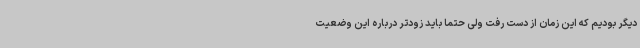
دیگر بودیم که این زمان از دست رفت ولی حتما باید زودتر درباره این وضعیت